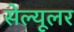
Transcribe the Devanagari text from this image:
सेल्‍यूलर